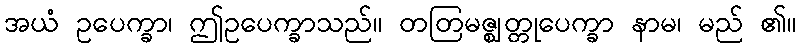
အယံ ဥပေက္ခာ၊ ဤဥပေက္ခာသည်။ တတြမဇ္ဈတ္တုပေက္ခာ နာမ၊ မည် ၏။